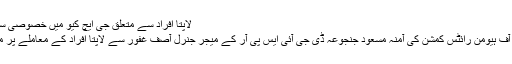
لاپتا افراد سے متعلق جی ایچ کیو میں خصوصی سیل قائم
ڈیفنس آف ہیومن رائٹس کمشن کی آمنہ مسعود جنجوعہ ڈی جی آئی ایس پی آر کے میجر جنرل آصف غفور سے لاپتا افراد کے معاملے پر ملاقات۔